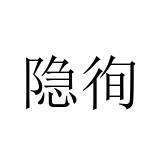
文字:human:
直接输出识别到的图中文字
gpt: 隐徇